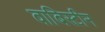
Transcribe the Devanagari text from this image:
वाबिस्टीन